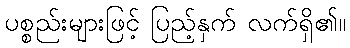
ပစ္စည်းများဖြင့် ပြည့်နှက် လက်ရှိ၏။